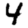
Digit: 4